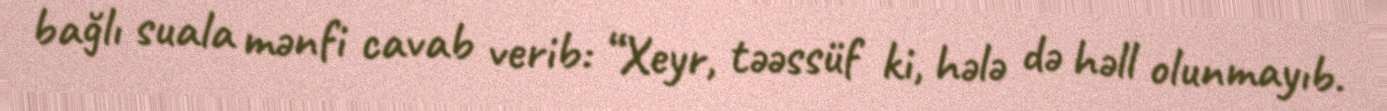
bağlı suala mənfi cavab verib: “Xeyr, təəssüf ki, hələ də həll olunmayıb.